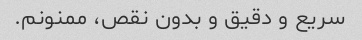
سریع و دقیق و بدون نقص، ممنونم.